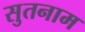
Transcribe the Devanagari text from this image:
सुतनाम